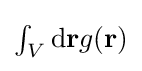
\textstyle \int _{V}\mathrm {d} \mathbf {r} g(\mathbf {r} )